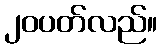
၂၀ပတ်လည်။